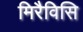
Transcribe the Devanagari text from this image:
मिरैविसि